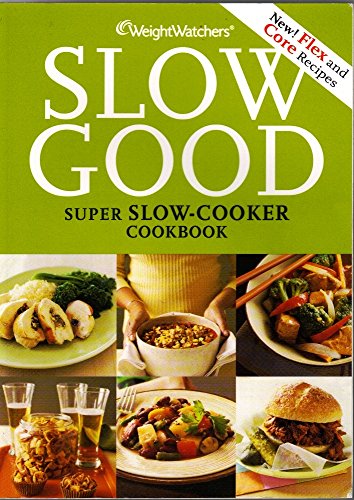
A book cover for Weight Watchers Slow Good Super Slow-Cooker Cookbook; By The Editors; Health, Fitness & Dieting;